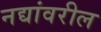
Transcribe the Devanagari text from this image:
नद्यांवरील